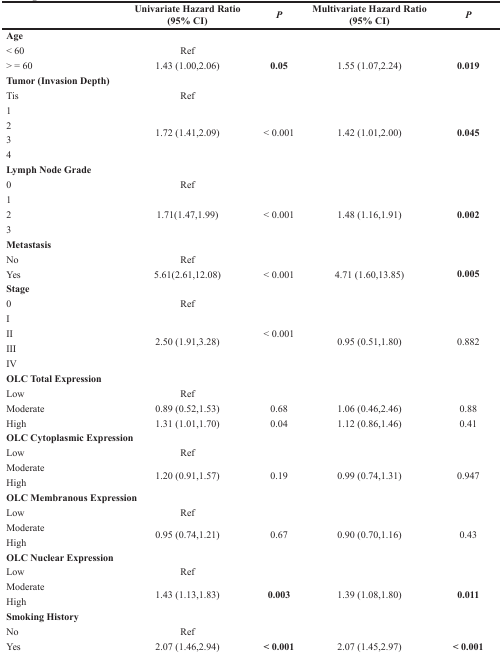
<table><thead><tr><td></td><td><b>Univariate Hazard Ratio (95% CI)</b></td><td><b><i>P</i></b></td><td><b>Multivariate Hazard Ratio (95% CI)</b></td><td><b><i>P</i></b></td></tr></thead><tbody><tr><td><b>Age</b></td><td></td><td></td><td></td><td></td></tr><tr><td>&lt; 60</td><td>Ref</td><td></td><td></td><td></td></tr><tr><td>&gt; = 60</td><td>1.43 (1.00,2.06)</td><td><b>0.05</b></td><td>1.55 (1.07,2.24)</td><td><b>0.019</b></td></tr><tr><td><b>Tumor (Invasion Depth)</b></td><td></td><td></td><td></td><td></td></tr><tr><td>Tis</td><td>Ref</td><td></td><td></td><td></td></tr><tr><td>1</td><td rowspan="4">1.72 (1.41,2.09)</td><td rowspan="4">&lt; 0.001</td><td rowspan="4">1.42 (1.01,2.00)</td><td rowspan="4"><b>0.045</b></td></tr><tr><td>2</td></tr><tr><td>3</td></tr><tr><td>4</td></tr><tr><td><b>Lymph Node Grade</b></td><td></td><td></td><td></td><td></td></tr><tr><td>0</td><td>Ref</td><td></td><td></td><td></td></tr><tr><td>1</td><td rowspan="3">1.71(1.47,1.99)</td><td rowspan="3">&lt; 0.001</td><td rowspan="3">1.48 (1.16,1.91)</td><td rowspan="3"><b>0.002</b></td></tr><tr><td>2</td></tr><tr><td>3</td></tr><tr><td><b>Metastasis</b></td><td></td><td></td><td></td><td></td></tr><tr><td>No</td><td>Ref</td><td></td><td></td><td></td></tr><tr><td>Yes</td><td>5.61(2.61,12.08)</td><td>&lt; 0.001</td><td>4.71 (1.60,13.85)</td><td><b>0.005</b></td></tr><tr><td><b>Stage</b></td><td></td><td></td><td></td><td></td></tr><tr><td>0</td><td>Ref</td><td rowspan="5">&lt; 0.001</td><td></td><td></td></tr><tr><td>I</td><td rowspan="4">2.50 (1.91,3.28)</td><td rowspan="4">0.95 (0.51,1.80)</td><td rowspan="4">0.882</td></tr><tr><td>II</td></tr><tr><td>III</td></tr><tr><td>IV</td></tr><tr><td><b>OLC Total Expression</b></td><td></td><td></td><td></td><td></td></tr><tr><td>Low</td><td>Ref</td><td></td><td></td><td></td></tr><tr><td>Moderate</td><td>0.89 (0.52,1.53)</td><td>0.68</td><td>1.06 (0.46,2.46)</td><td>0.88</td></tr><tr><td>High</td><td>1.31 (1.01,1.70)</td><td>0.04</td><td>1.12 (0.86,1.46)</td><td>0.41</td></tr><tr><td><b>OLC Cytoplasmic Expression</b></td><td></td><td></td><td></td><td></td></tr><tr><td>Low</td><td>Ref</td><td></td><td></td><td></td></tr><tr><td>Moderate</td><td rowspan="2">1.20 (0.91,1.57)</td><td rowspan="2">0.19</td><td rowspan="2">0.99 (0.74,1.31)</td><td rowspan="2">0.947</td></tr><tr><td>High</td></tr><tr><td><b>OLC Membranous Expression</b></td><td></td><td></td><td></td><td></td></tr><tr><td>Low</td><td>Ref</td><td></td><td></td><td></td></tr><tr><td>Moderate</td><td rowspan="2">0.95 (0.74,1.21)</td><td rowspan="2">0.67</td><td rowspan="2">0.90 (0.70,1.16)</td><td rowspan="2">0.43</td></tr><tr><td>High</td></tr><tr><td><b>OLC Nuclear Expression</b></td><td></td><td></td><td></td><td></td></tr><tr><td>Low</td><td>Ref</td><td></td><td></td><td></td></tr><tr><td>Moderate</td><td rowspan="2">1.43 (1.13,1.83)</td><td rowspan="2"><b>0.003</b></td><td rowspan="2">1.39 (1.08,1.80)</td><td rowspan="2"><b>0.011</b></td></tr><tr><td>High</td></tr><tr><td><b>Smoking History</b></td><td></td><td></td><td></td><td></td></tr><tr><td>No</td><td>Ref</td><td></td><td></td><td></td></tr><tr><td>Yes</td><td>2.07 (1.46,2.94)</td><td><b>&lt; 0.001</b></td><td>2.07 (1.45,2.97)</td><td><b>&lt; 0.001</b></td></tr></tbody></table>